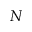
N